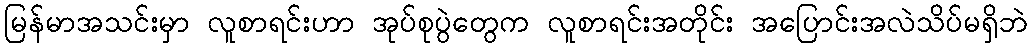
မြန်မာအသင်းမှာ လူစာရင်းဟာ အုပ်စုပွဲတွေက လူစာရင်းအတိုင်း အပြောင်းအလဲသိပ်မရှိဘဲ